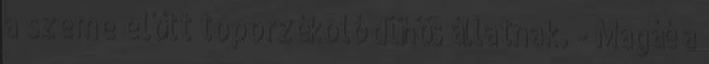
a szeme előtt toporzékoló dühös állatnak. - Magáé a